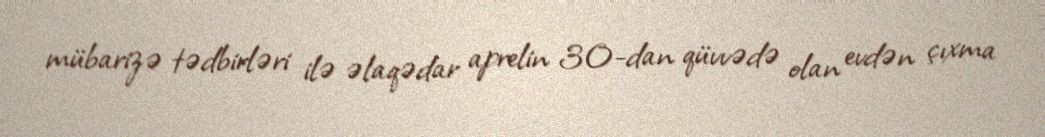
mübarizə tədbirləri ilə əlaqədar aprelin 30-dan qüvvədə olan evdən çıxma